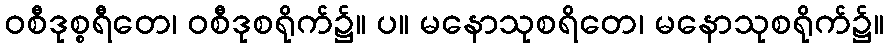
ဝစီဒုစ္စရီတေ၊ ဝစီဒုစရိုက်၌။ ပ။ မနောသုစရိတေ၊ မနောသုစရိုက်၌။